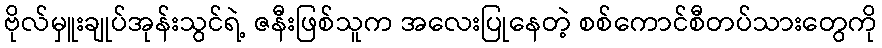
ဗိုလ်မှူးချုပ်အုန်းသွင်ရဲ့ ဇနီးဖြစ်သူက အလေးပြုနေတဲ့ စစ်ကောင်စီတပ်သားတွေကို